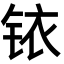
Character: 铱